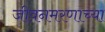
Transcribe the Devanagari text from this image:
जीवनमरणाच्या